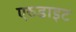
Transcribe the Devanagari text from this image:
एरुडाइट